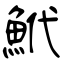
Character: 鮘